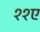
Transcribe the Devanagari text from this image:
११ए